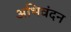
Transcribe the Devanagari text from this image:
अभिवंदन